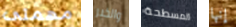
مهمتى والخبر المسطحة إنها